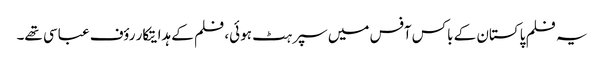
یہ فلم پاکستان کے باکس آفس میں سپر ہٹ ہوئی، فلم کے ہدایتکار رؤف عباسی تھے۔